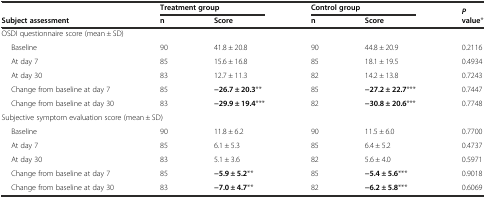
<table><thead><tr><td rowspan="2"><b>Subject assessment</b></td><td colspan="2"><b>Treatment group</b></td><td colspan="2"><b>Control group</b></td><td rowspan="2"><b><i>P</i>value*</b></td></tr><tr><td><b>n</b></td><td><b>Score</b></td><td><b>n</b></td><td><b>Score</b></td></tr></thead><tbody><tr><td colspan="6">OSDI questionnaire score (mean ± SD)</td></tr><tr><td>Baseline</td><td>90</td><td>41.8 ± 20.8</td><td>90</td><td>44.8 ± 20.9</td><td>0.2116</td></tr><tr><td>At day 7</td><td>85</td><td>15.6 ± 16.8</td><td>85</td><td>18.1 ± 19.5</td><td>0.4934</td></tr><tr><td>At day 30</td><td>83</td><td>12.7 ± 11.3</td><td>82</td><td>14.2 ± 13.8</td><td>0.7243</td></tr><tr><td>Change from baseline at day 7</td><td>85</td><td><b>−26.7 ± 20.3</b>**</td><td>85</td><td><b>−27.2 ± 22.7</b>***</td><td>0.7447</td></tr><tr><td>Change from baseline at day 30</td><td>83</td><td><b>−29.9 ± 19.4</b>***</td><td>82</td><td><b>−30.8 ± 20.6</b>***</td><td>0.7748</td></tr><tr><td colspan="6">Subjective symptom evaluation score (mean ± SD)</td></tr><tr><td>Baseline</td><td>90</td><td>11.8 ± 6.2</td><td>90</td><td>11.5 ± 6.0</td><td>0.7700</td></tr><tr><td>At day 7</td><td>85</td><td>6.1 ± 5.3</td><td>85</td><td>6.4 ± 5.2</td><td>0.4737</td></tr><tr><td>At day 30</td><td>83</td><td>5.1 ± 3.6</td><td>82</td><td>5.6 ± 4.0</td><td>0.5971</td></tr><tr><td>Change from baseline at day 7</td><td>85</td><td><b>−5.9 ± 5.2</b>**</td><td>85</td><td><b>−5.4 ± 5.6</b>***</td><td>0.9018</td></tr><tr><td>Change from baseline at day 30</td><td>83</td><td><b>−7.0 ± 4.7</b>**</td><td>82</td><td><b>−6.2 ± 5.8</b>***</td><td>0.6069</td></tr></tbody></table>